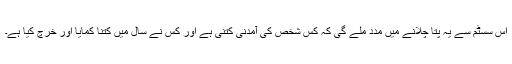
اس سسٹم سے یہ پتا چلانے میں مدد ملے گی کہ کس شخص کی آمدنی کتنی ہے اور کس نے سال میں کتنا کمایا اور خرچ کیا ہے۔